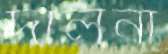
দালনা